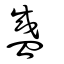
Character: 盛